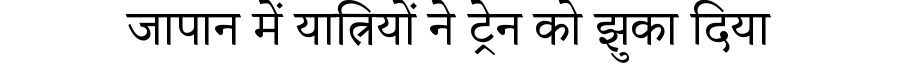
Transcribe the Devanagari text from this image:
जापान में यात्रियों ने ट्रेन को झुका दिया